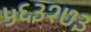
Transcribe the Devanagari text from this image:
५६३१७३